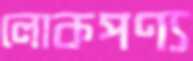
লোকপণ্য